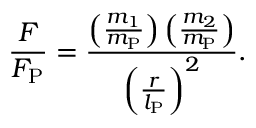
{ \frac { F } { F _ { \mathrm { P } } } } = { \frac { \left( { \frac { m _ { 1 } } { m _ { \mathrm { P } } } } \right) \left( { \frac { m _ { 2 } } { m _ { \mathrm { P } } } } \right) } { \left( { \frac { r } { l _ { \mathrm { P } } } } \right) ^ { 2 } } } .